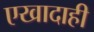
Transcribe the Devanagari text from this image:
एखादाही